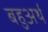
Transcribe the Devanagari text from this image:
बहुअर्थ